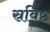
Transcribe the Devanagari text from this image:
स्रविष्ठ